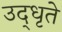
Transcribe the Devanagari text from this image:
उद्‌धृते